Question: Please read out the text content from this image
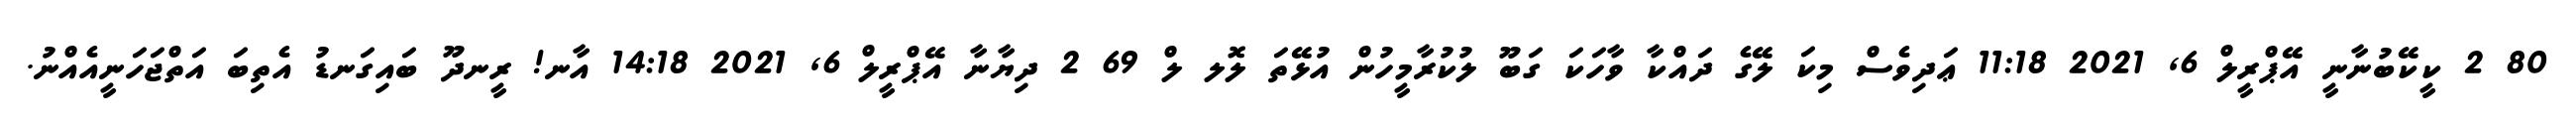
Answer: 80 2 ކީކޭބުނާނީ އޭޕްރީލް 6, 2021 11:18 ޢަދިވެސް މިކަ ލޭގެ ދައްކާ ވާހަކަ ގަބޫ ލުކުރާމީހުން އުޅޭތަ ލޮލ ލް 69 2 ދިޔާނާ އޭޕްރީލް 6, 2021 14:18 އާނ! ރީނދޫ ބައިގަނޑު އެތިބަ އަތްޖަހަނީއެއްނު.